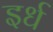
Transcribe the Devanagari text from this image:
इर्ध